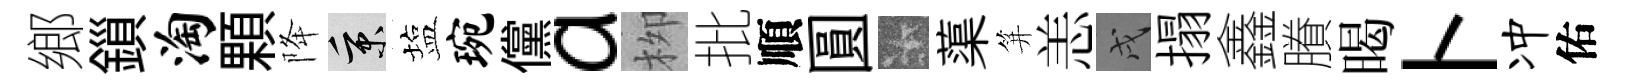
鄉鎻淘顆降秉塩琬儻a栁批順圓卡蕖笄恙戌搨鑫賸暍卜冲佑